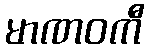
မာဏဝကီ